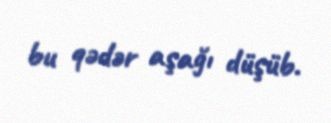
bu qədər aşağı düşüb.